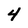
Character: 4